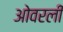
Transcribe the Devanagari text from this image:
ओवरली